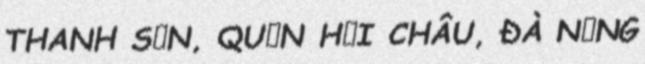
THANH SƠN, QUẬN HẢI CHÂU, ĐÀ NẴNG